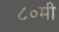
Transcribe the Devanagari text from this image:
८०मी